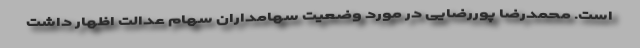
است. محمد‌رضا پوررضایی در مورد وضعیت سهامداران سهام عدالت اظهار داشت